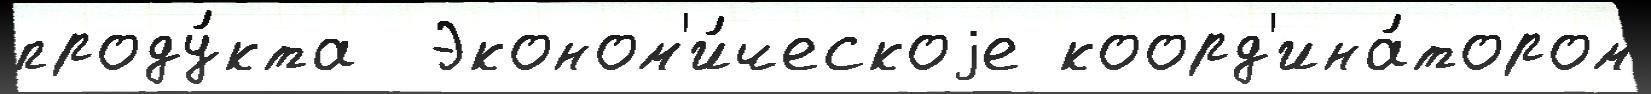
проду́кта  Эконом'и́ческоjе коорд'ина́тором